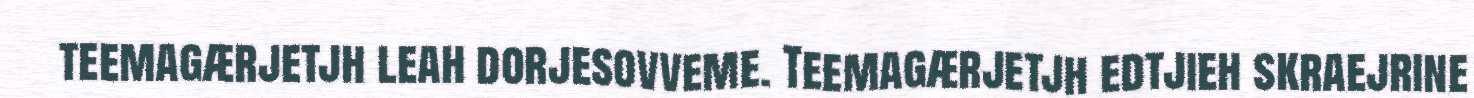
teemagærjetjh leah dorjesovveme. Teemagærjetjh edtjieh skraejrine